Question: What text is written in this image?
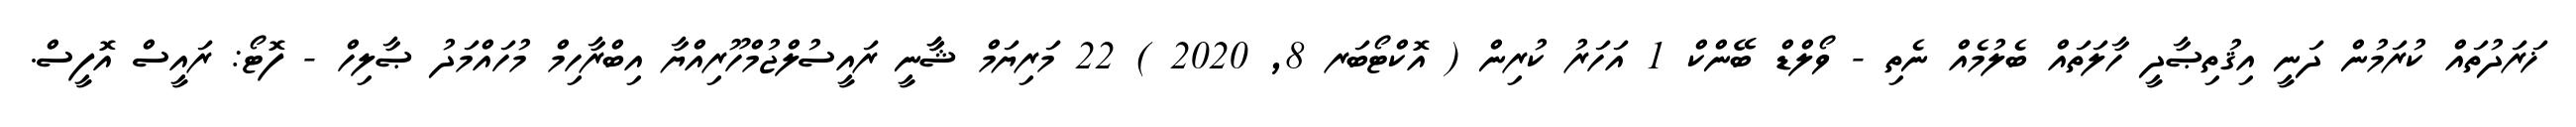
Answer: ޚަރަދުތައް ކުރަމުން ދަނީ އިޤުތިޞާދީ ހާލަތައް ބެލުމެއް ނެތި - ވޯލްޑް ބޭންކް 1 އަހަރު ކުރިން ( އޮކްޓޯބަރ 8, 2020 ) 22 މަރިޔަމް ޝާާނީ ރައީސުލްޖުމްހޫރިއްޔާ އިބްރާހިމް މުހައްމަދު ޞާލިހް - ފޮޓޯ: ރައީސް އޮފީސް.